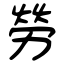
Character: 勞